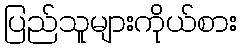
ပြည်သူများကိုယ်စား